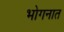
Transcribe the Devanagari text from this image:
भोगनात